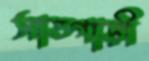
সাতগাড়ী